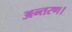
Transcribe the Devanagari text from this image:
अन्तरण।